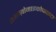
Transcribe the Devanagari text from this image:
शाइज़ोमाइकोफाइटा